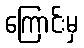
ကြောင်းမှ